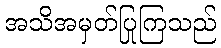
အသိအမှတ်ပြုကြသည်